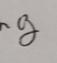
Signature authenticity: genuine